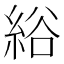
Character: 綌